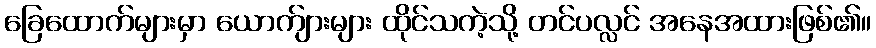
ခြေထောက်များမှာ ယောက်ျားများ ထိုင်သကဲ့သို့ တင်ပလ္လင် အနေအထားဖြစ်၏။